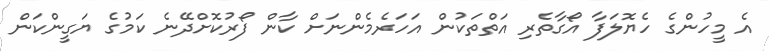
އެ މީހުންގެ ހެޔޮލަފާ އޯގާތެރި އަތްތަކުން އަހަރެމެންނަށް ކާން ފޯރުކޮށްދޭނެ ކަމުގެ ޔަގީންކަން